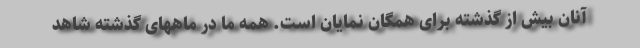
آنان بیش از گذشته برای همگان نمایان است. همه ما در ماههای گذشته شاهد